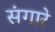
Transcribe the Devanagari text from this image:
संगारे